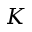
K